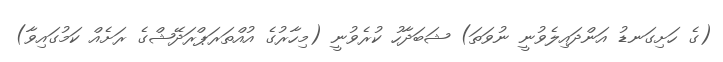
(ގެ ހަށިގަނޑު އަންދައިލެވުނީ ނުވަތަ) ޝަބަދާހު ކުރެވުނީ (މިހާރުގެ އުއްތަރަޕްރަދޭޝްގެ ރަށެއް ކަމުގައިވާ)